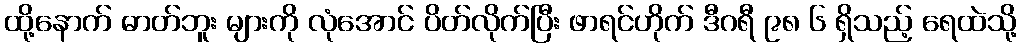
ထို့နောက် ဓာတ်ဘူး များကို လုံအောင် ပိတ်လိုက်ပြီး ဖာရင်ဟိုက် ဒီဂရီ ၉၈ ၆ ရှိသည့် ရေထဲသို့